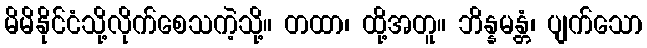
မိမိနိုင်ငံသို့လိုက်စေသကဲ့သို့။ တထာ၊ ထို့အတူ။ ဘိန္နမန္တံ၊ ပျက်သော